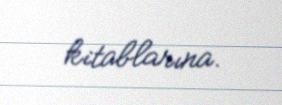
kitablarına.